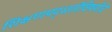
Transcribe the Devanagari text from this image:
शिक्षणपद्धतीविषयीचे